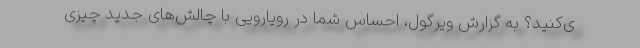
ی‌‌کنید؟ به گزارش ویرگول، احساس شما در رویارویی با چالش‌های جدید چیزی